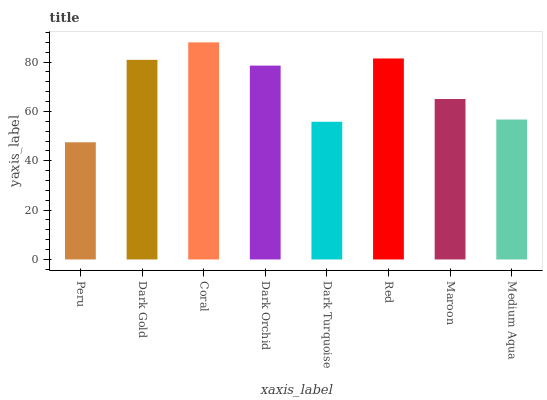
| xaxis_label | bars |
 | --- | --- |
 | Peru | 47.5 |
 | Dark Gold | 80.9 |
 | Coral | 88 |
 | Dark Orchid | 78.6 |
 | Dark Turquoise | 55.8 |
 | Red | 81.5 |
 | Maroon | 65.1 |
 | Medium Aqua | 56.7 |